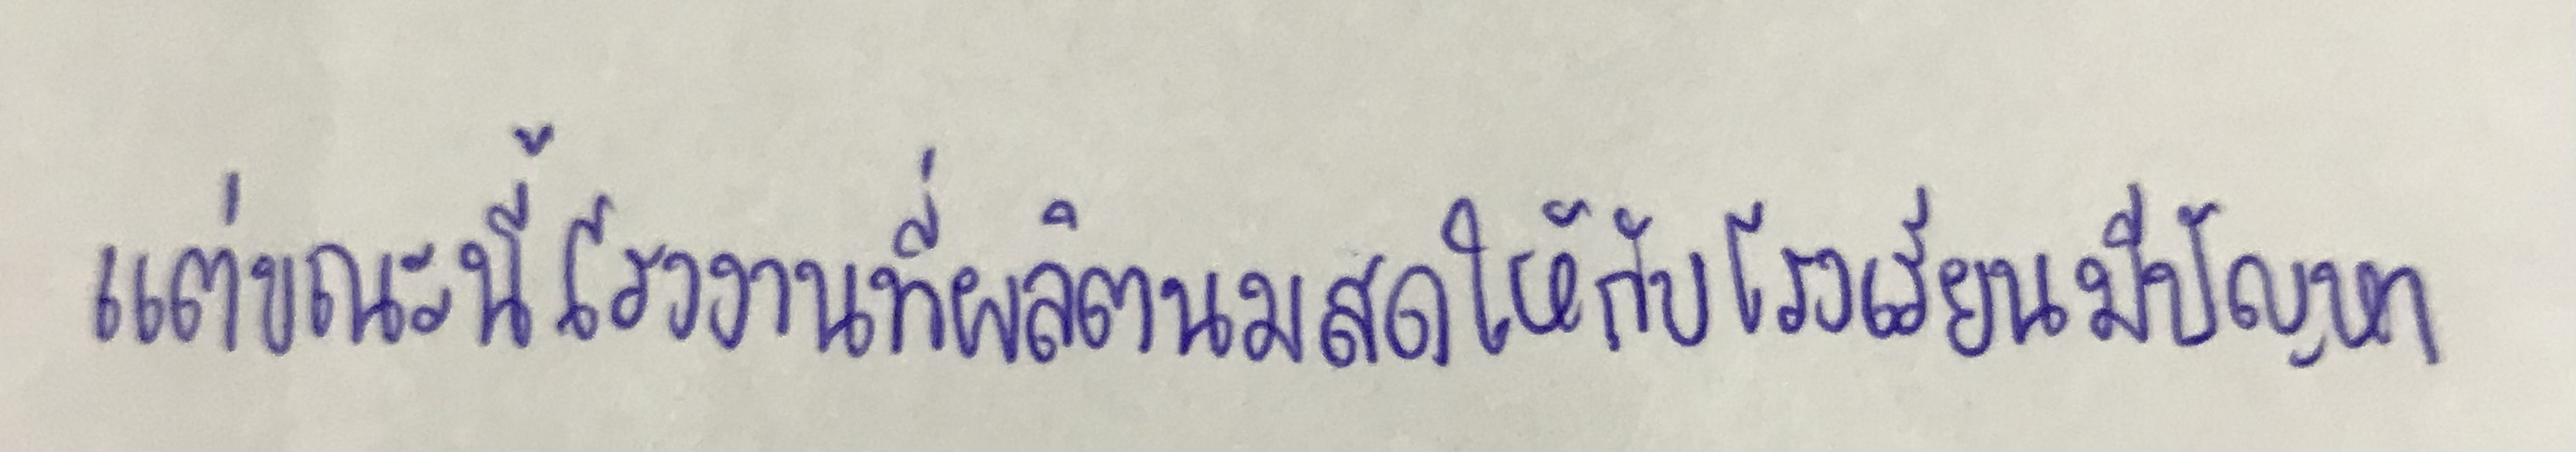
แต่ขณะนี้โรงงานที่ผลิตนมสดให้กับโรงเรียนมีปัญหา